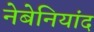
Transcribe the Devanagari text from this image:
नेबेनियांद